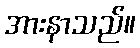
အားနာသည်။